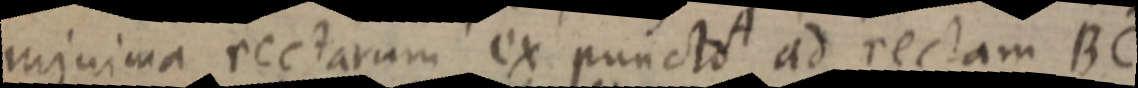
minima rectarum ex puncto ad rectam BC